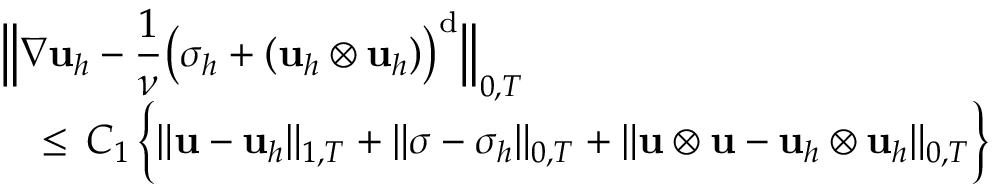
\begin{array} { l } { \displaystyle \Big \| \nabla \mathbf { u } _ { h } - \frac { 1 } { \nu } \big ( { \boldsymbol \sigma } _ { h } + ( \mathbf { u } _ { h } \otimes \mathbf { u } _ { h } ) \big ) ^ { \mathrm { d } } \Big \| _ { 0 , T } } \\ { \displaystyle \quad \leq \, C _ { 1 } \, \Big \{ \| \mathbf { u } - \mathbf { u } _ { h } \| _ { 1 , T } + \| { \boldsymbol \sigma } - { \boldsymbol \sigma } _ { h } \| _ { 0 , T } + \| \mathbf { u } \otimes \mathbf { u } - \mathbf { u } _ { h } \otimes \mathbf { u } _ { h } \| _ { 0 , T } \Big \} } \end{array}